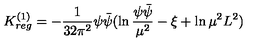
K _ { r e g } ^ { ( 1 ) } = - \frac { 1 } { 3 2 \pi ^ { 2 } } \psi \bar { \psi } ( \ln \frac { \psi \bar { \psi } } { \mu ^ { 2 } } - \xi + \ln \mu ^ { 2 } L ^ { 2 } )